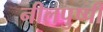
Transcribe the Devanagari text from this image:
नीलपुष्पी